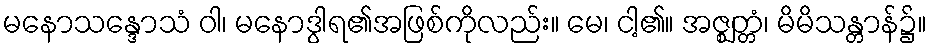
မနောသန္ဒောသံ ဝါ၊ မနောဒွါရ၏အဖြစ်ကိုလည်း။ မေ၊ ငါ့၏။ အဇ္ဈတ္တံ၊ မိမိသန္တာန်၌။